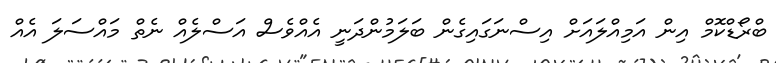
ބްރޯޑްކޮމް އިން އަމިއްލައަށް އިސްނަގައިގެން ބަލަމުންދަނީ އެއްވެސް އަސްލެއް ނެތް މައްސަލަ އެއް